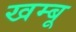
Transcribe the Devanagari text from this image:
खम्बू